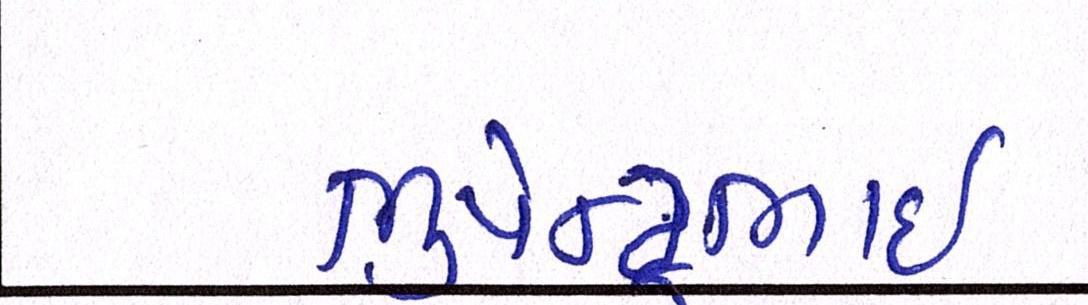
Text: ભુપેન્દ્રભાઇ